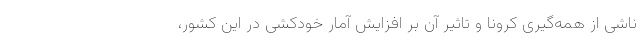
ناشی از همه‌گیری کرونا و تاثیر آن بر افزایش آمار خودکشی در این کشور،